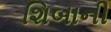
શિબાની